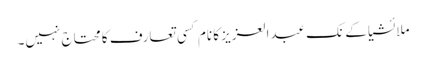
ملائشیا کے نک عبدالعزیز کا نام کسی تعارف کا محتاج نہیں۔